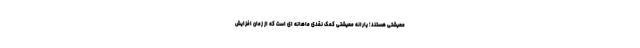
معیشتی هستند؛ یارانه معیشتی کمک نقدی ماهانه ای است که از زمان افزایش